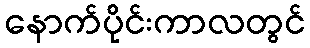
နောက်ပိုင်းကာလတွင်